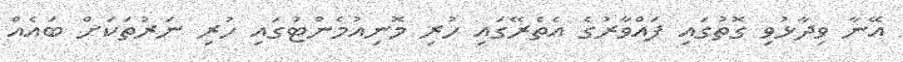
އޭނާ ވިދާޅުވި ގޮތުގައި ފައްވާރުގެ އެތެރޭގައި ހުރި މޮނިއުމެންޓުގައި ހުރި ނަރުތަކަށް ބައެއް